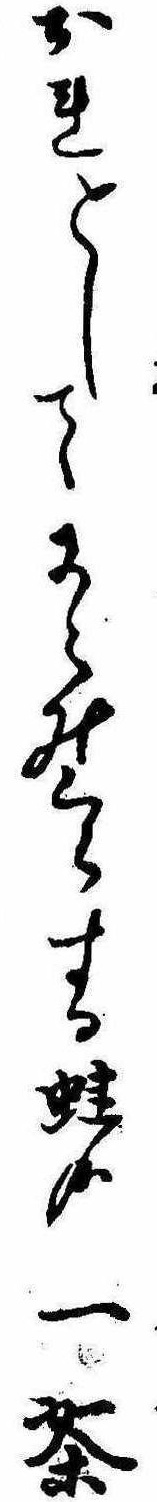
おれとしてにらみくらする蛙哉一茶